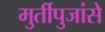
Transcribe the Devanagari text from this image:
मुर्तीपुजांसे